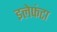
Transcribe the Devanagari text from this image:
इलेफंटा